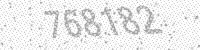
Solution: 768182